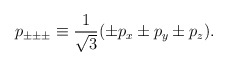
\begin{align*}p_{\pm \pm \pm} \equiv \frac 1{\sqrt{3}}(\pm p_x\pm p_y\pm p_z) .\end{align*}